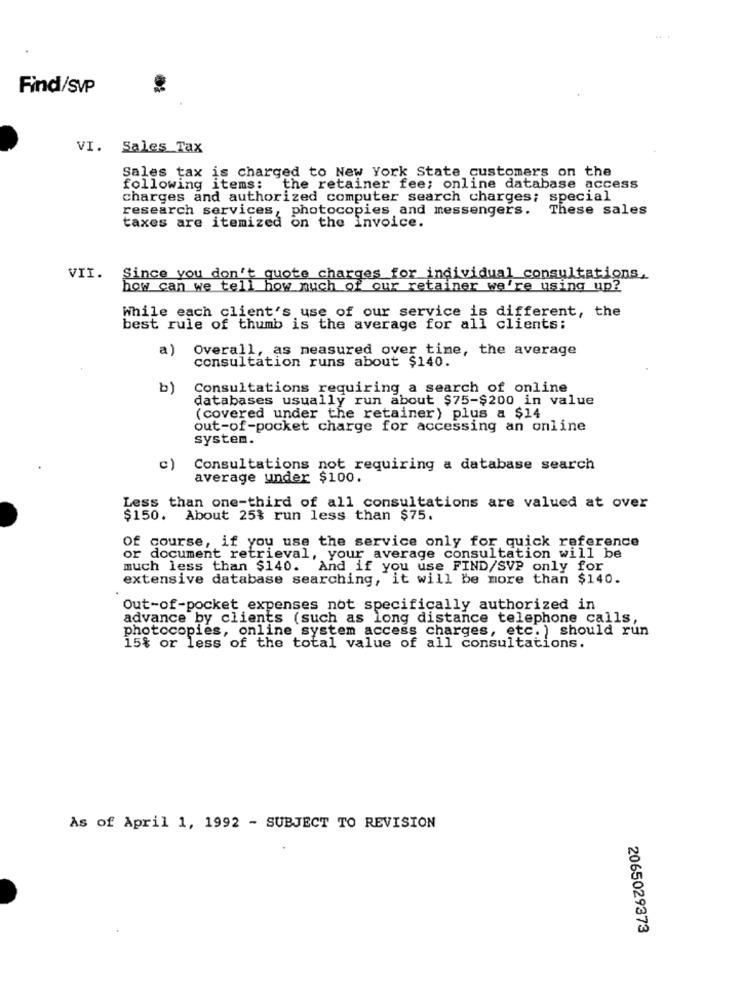
Find/SVP
VI. Sales Tax
Sales tax is charged to New York State customers on the
following items: the retainer fee; online database access
Charges and authorized computer search charges; special
research services, photocopies and messengers. These sales
taxes are itemized on the invoice.
VII.
Since you don't quote charges for individual consultations.
how can we tell how much of our retainer we're using up?
While each client's use of our service is different, the
best rule of thumb is the average for all clients:
a)
Overall, as measured over time, the average
consultation runs about $140.
b)
Consultations requiring a search of online
databases usually run about $75-$200 in value
(covered under the retainer) plus a $14
out-of-pocket charge for accessing an online
system.
c)
Consultations not requiring a database search
average under $100.
Less than one-third of all consultations are valued at over
$150. About 25% run less than $75.
Of course, if you use the service only for quick reference
or document retrieval, your average consultation will be
much less than $140. And if you use FIND/SVP only for
extensive database searching, it will be more than $140.
Out-of-pocket expenses not specifically authorized in
advance by clients (such as long distance telephone calls,
photocopies, online system access charges, etc. ) should run
15% or less of the total value of all consultations.
As of April 1, 1992 - SUBJECT TO REVISION
2065029373